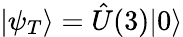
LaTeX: |\psi_{T}\rangle=\hat{U}(3)|0\rangle